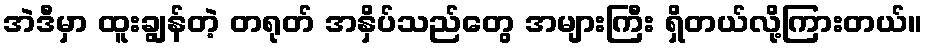
အဲဒီမှာ ထူးချွန်တဲ့ တရုတ် အနှိပ်သည်တွေ အများကြီး ရှိတယ်လို့ကြားတယ်။